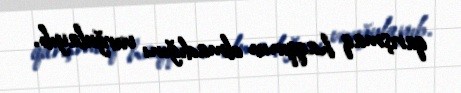
qarışmaq haqqının olmadığını vurğulayıb.